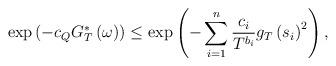
LaTeX: \begin{align*}\exp\left(-c_{Q}G{}_{T}^{*}\left(\omega\right)\right)\leq\exp\left(-\sum_{i=1}^{n}\frac{c_{i}}{T^{b_{i}}}g_{T}\left(s_{i}\right)^{2}\right),\end{align*}